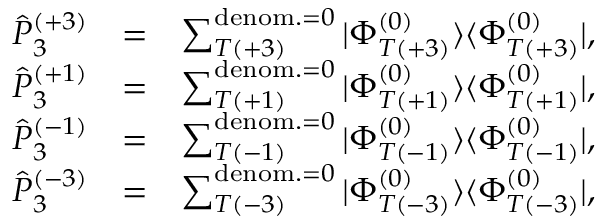
\begin{array} { r l r } { \hat { P } _ { 3 } ^ { ( + 3 ) } } & { = } & { \sum _ { T ( + 3 ) } ^ { { \mathrm { d e n o m . } = 0 } } | \Phi _ { T ( + 3 ) } ^ { ( 0 ) } \rangle \langle \Phi _ { T ( + 3 ) } ^ { ( 0 ) } | , } \\ { \hat { P } _ { 3 } ^ { ( + 1 ) } } & { = } & { \sum _ { T ( + 1 ) } ^ { { \mathrm { d e n o m . } = 0 } } | \Phi _ { T ( + 1 ) } ^ { ( 0 ) } \rangle \langle \Phi _ { T ( + 1 ) } ^ { ( 0 ) } | , } \\ { \hat { P } _ { 3 } ^ { ( - 1 ) } } & { = } & { \sum _ { T ( - 1 ) } ^ { { \mathrm { d e n o m . } = 0 } } | \Phi _ { T ( - 1 ) } ^ { ( 0 ) } \rangle \langle \Phi _ { T ( - 1 ) } ^ { ( 0 ) } | , } \\ { \hat { P } _ { 3 } ^ { ( - 3 ) } } & { = } & { \sum _ { T ( - 3 ) } ^ { { \mathrm { d e n o m . } = 0 } } | \Phi _ { T ( - 3 ) } ^ { ( 0 ) } \rangle \langle \Phi _ { T ( - 3 ) } ^ { ( 0 ) } | , } \end{array}